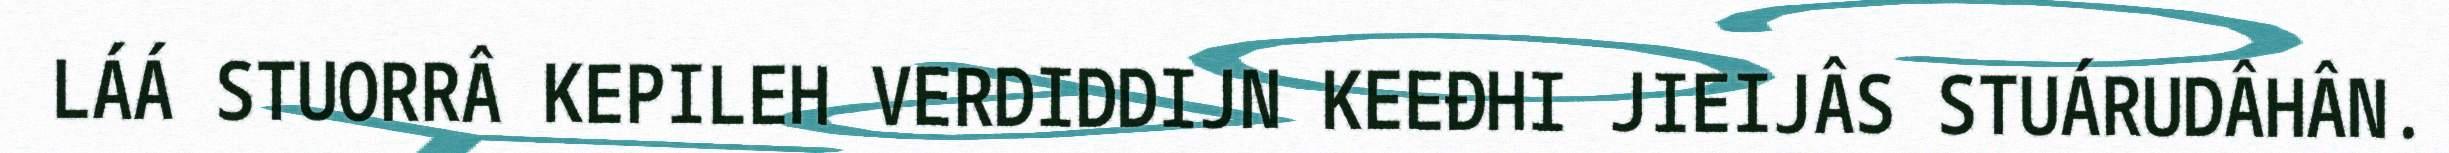
LÁÁ STUORRÂ KEPILEH VERDIDDIJN KEEĐHI JIEIJÂS STUÁRUDÂHÂN.